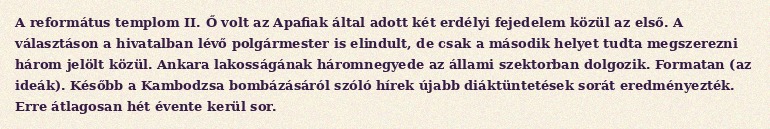
A református templom II. Ő volt az Apafiak által adott két erdélyi fejedelem közül az első. A választáson a hivatalban lévő polgármester is elindult, de csak a második helyet tudta megszerezni három jelölt közül. Ankara lakosságának háromnegyede az állami szektorban dolgozik. Formatan (az ideák). Később a Kambodzsa bombázásáról szóló hírek újabb diáktüntetések sorát eredményezték. Erre átlagosan hét évente kerül sor.